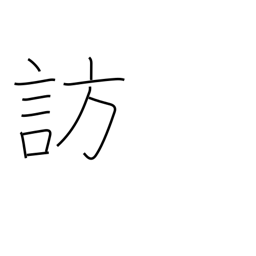
Meaning: call on